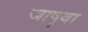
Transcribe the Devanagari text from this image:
जाषुवा